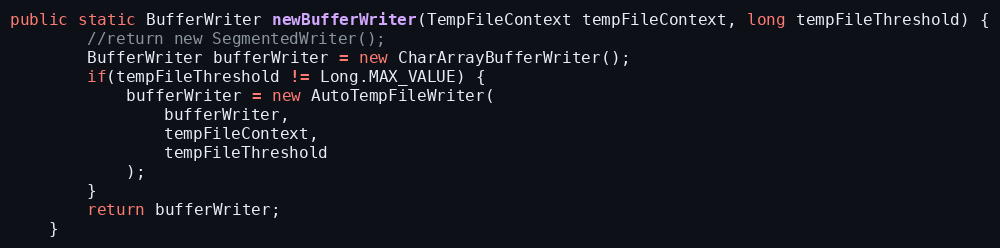
Language: Java
public static BufferWriter newBufferWriter(TempFileContext tempFileContext, long tempFileThreshold) {
		//return new SegmentedWriter();
		BufferWriter bufferWriter = new CharArrayBufferWriter();
		if(tempFileThreshold != Long.MAX_VALUE) {
			bufferWriter = new AutoTempFileWriter(
				bufferWriter,
				tempFileContext,
				tempFileThreshold
			);
		}
		return bufferWriter;
	}